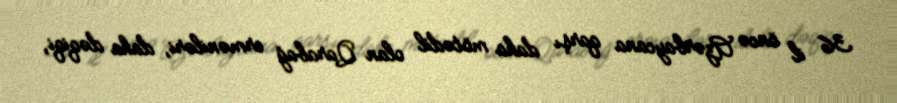
36 il öncə Azərbaycana qarşı daha mötədil olan Qarabağ erməniləri, daha dəqiqi,